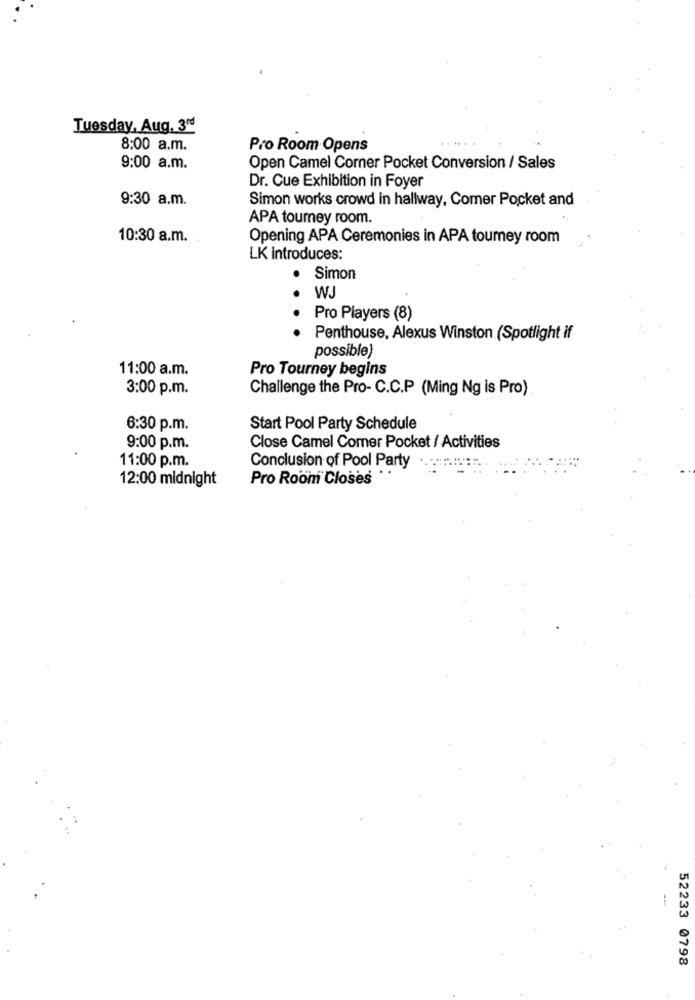
Tuesday, Aug. 314
8:00 a.m.
Pro Room Opens
9:00 a.m.
Open Camel Corner Pocket Conversion / Sales
Dr. Cue Exhibition in Foyer
9:30 a.m.
Simon works crowd in hallway, Comer Pocket and
APA tourney room.
10:30 a.m.
Opening APA Ceremonies in APA tourney room
LK introduces:
Simon
WJ
Pro Players (8)
· · · ·
Penthouse, Alexus Winston (Spotlight if
possible)
11:00 a.m.
Pro Tourney begins
3:00 p.m.
Challenge the Pro- C.C.P (Ming Ng is Pro)
6:30 p.m.
Start Pool Party Schedule
9:00 p.m.
Close Camel Comer Pocket / Activities
11:00 p.m.
Conclusion of Pool Party
12:00 midnight
Pro Room Closes
-
52233 0798